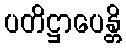
ပတိဋ္ဌာပေန္တိ